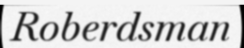
Roberdsman